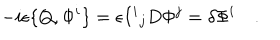
- i \epsilon \{ Q , \Phi ^ { i } \} = \epsilon { I ^ { i } } _ { j } D \Phi ^ { j } = \delta \Phi ^ { i } \quad .